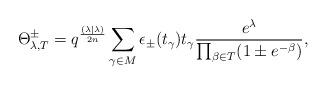
\begin{align*} \Theta^\pm_{\lambda, T} = q^{\frac{(\lambda | \lambda)}{2n}} \sum_{\gamma \in M}^{} \epsilon_\pm (t_\gamma) t_\gamma \frac{e^\lambda}{\prod_{\beta \in T}^{} (1 \pm e^{- \beta}) }, \end{align*}